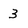
Character: 3